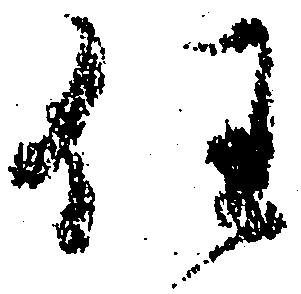
任